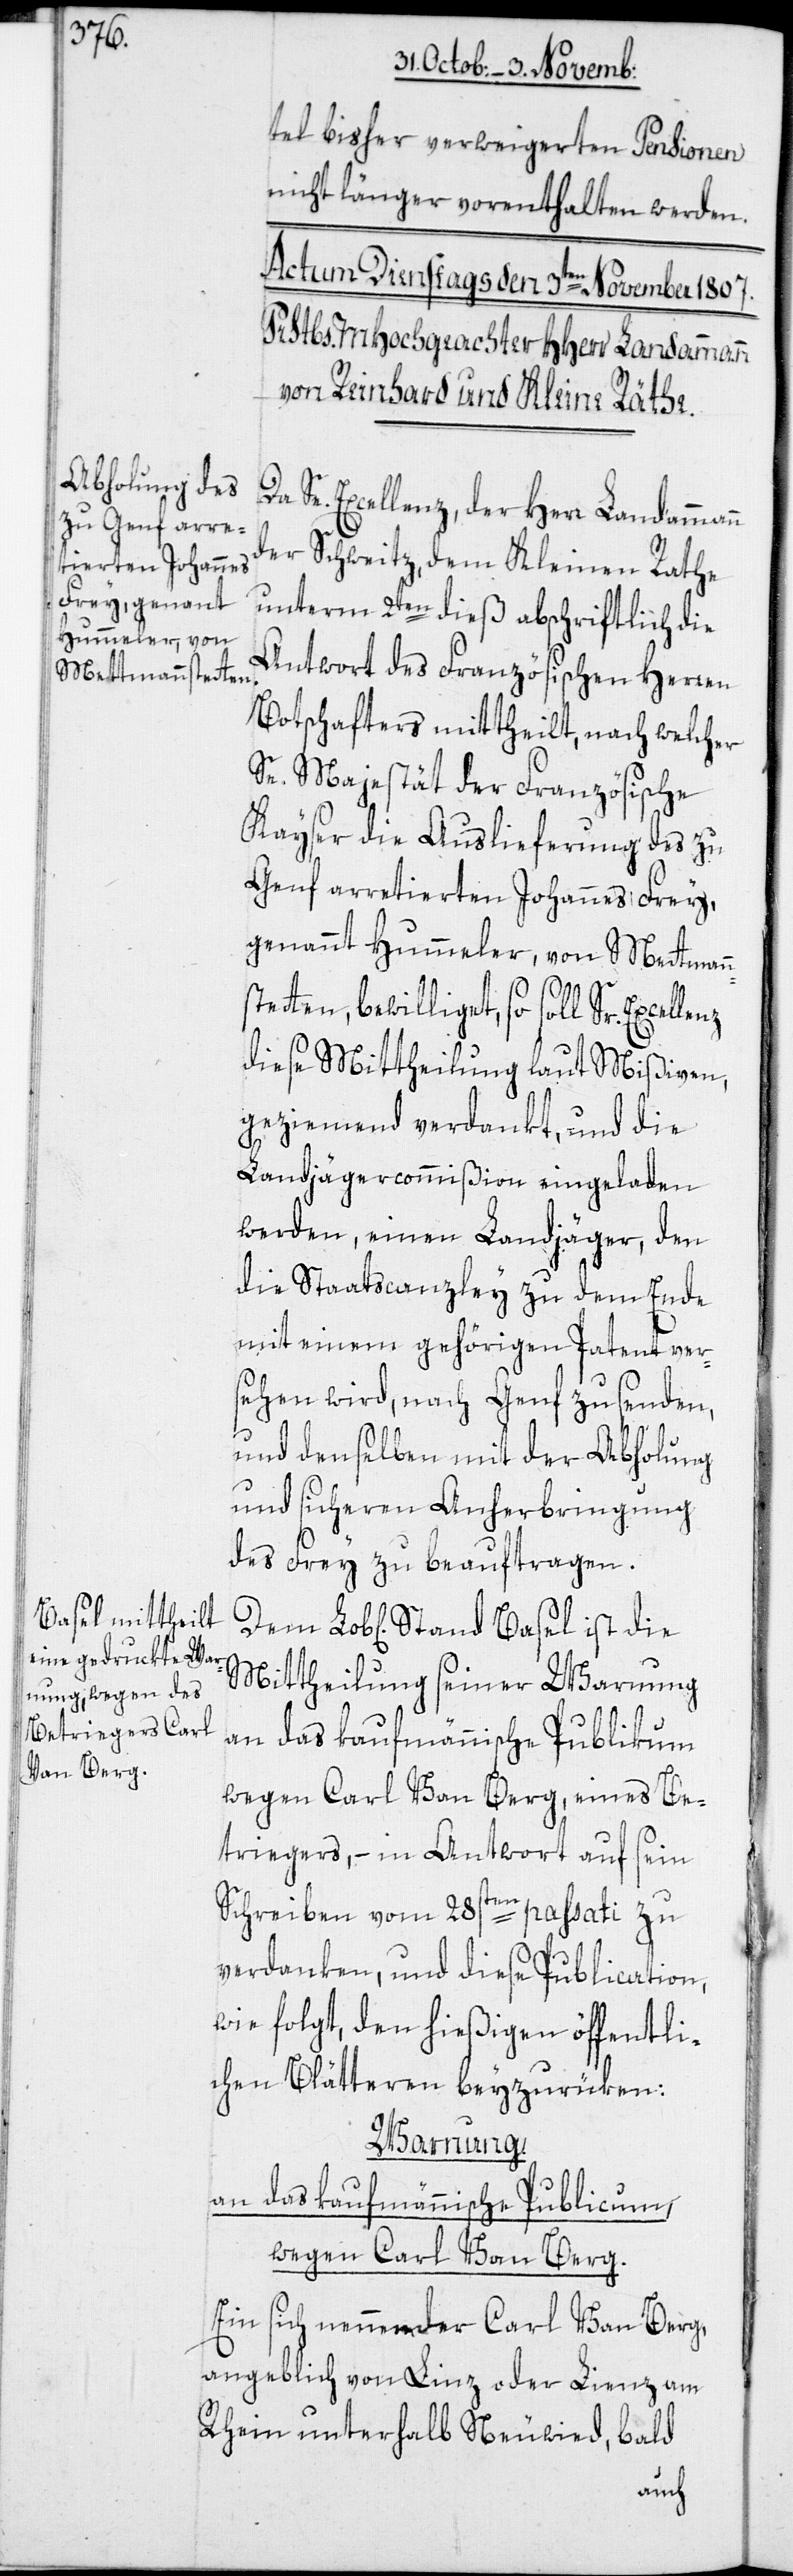
tel bisher verweigerten Pensionen
nicht länger vorenthalten werden.
Se. Excellenz, der Herr Landammann
der Schweitz, dem Kleinen Rathe
unterm 2ten dieß abschriftlich die
Antwort des Französischen Herren
Botschafters mittheilt, nach welcher
Se. Majestät der Französische
Kayser die Auslieferung des zu
Genf arretierten Johannes Frey,
genannt Hummeler, von Mettmann¬
stetten, bewilliget, so soll Sr.
diese Mittheilung laut Mißiven,
geziemend verdankt, und die
Landjägercommißion eingeladen
werden, einen Landjäger, den
die Staatscanzley zu dem Ende
mit einem gehörigen Patent ver¬
sehen wird, nach Genf zu senden,
und denselben mit der Abholung
und sicheren Anherbringung
des Frey zu beauftragen.
Mittheilung seiner Warnung
wegen Carl Van Berg, eines Be¬
triegers, – in Antwort auf sein
Schreiben vom 28sten passati zu
verdanken, und diese Publication,
wie folgt, den hießigen öffentli¬
chen Blätteren beyzurüken:
Warnung.
an das kaufmännische Publicum,
wegen Carl Van Berg.
Ein sich nennender Carl Van Berg,
angeblich von Linz oder Lienz am
Rhein unterhalb Neuwied, bald